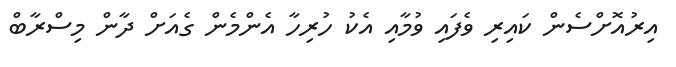
އިރުއޮށްސެން ކައިރި ވެފައި ވުމާއި އެކު ހުރިހާ އެންމެން ގެއަށް ދާން މިސްރާބް